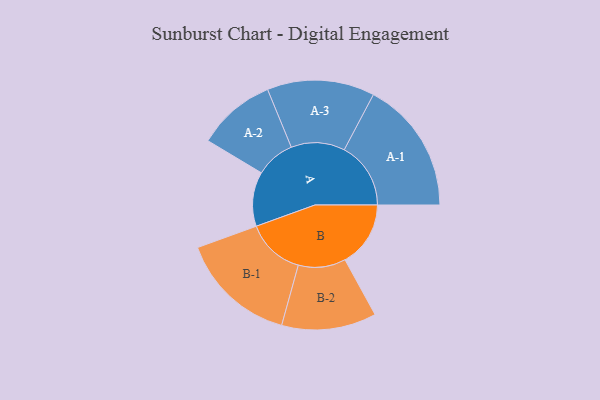
{"axis": {"x": "Segment", "y": "Value"}, "legend": ["", "A", "B"], "data": [{"x": "A", "y": 230, "type": ""}, {"x": "B", "y": 277, "type": ""}, {"x": "A-1", "y": 281, "type": "A"}, {"x": "A-2", "y": 166, "type": "A"}, {"x": "A-3", "y": 227, "type": "A"}, {"x": "B-1", "y": 247, "type": "B"}, {"x": "B-2", "y": 200, "type": "B"}]}